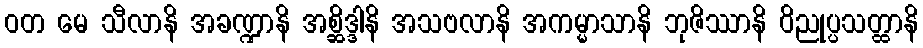
ဝတ မေ သီလာနိ အခဏ္ဍာနိ အစ္ဆိဒ္ဒါနိ အသဗလာနိ အကမ္မာသာနိ ဘုဇိဿာနိ ဝိညုပ္ပသတ္ထာနိ